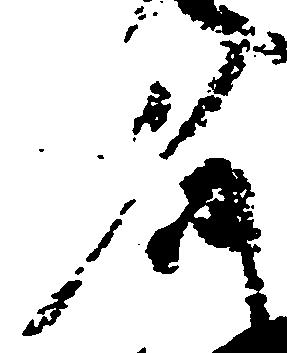
名